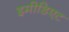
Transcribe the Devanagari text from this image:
इमीडिएट